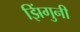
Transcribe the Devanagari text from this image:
झिंगुनी